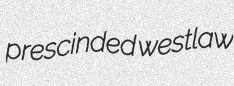
prescinded westlaw